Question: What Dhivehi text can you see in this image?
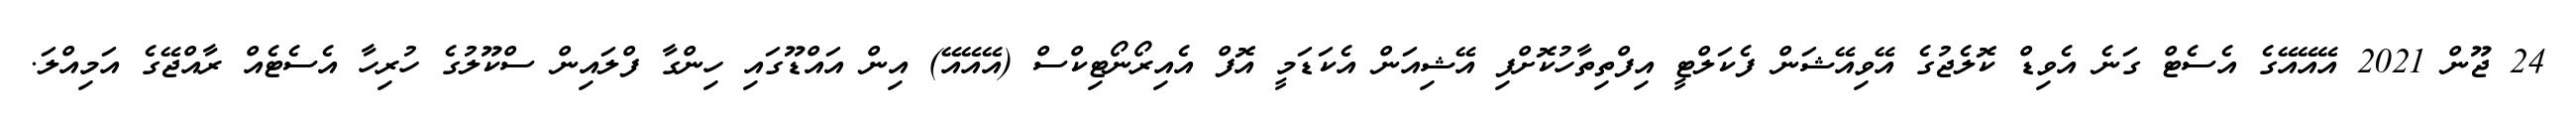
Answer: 24 ޖޫން 2021 އޭއޭއޭގެ އެސެޓް ގަނެ އެވިޑް ކޮލެޖުގެ އޭވިއޭޝަން ފެކަލްޓީ އިފްތިތާހުކޮށްފި އޭޝިއަން އެކަޑަމީ އޮފް އެއިރޯނޯޓިކްސް (އޭއޭއޭ) އިން އައްޑޫގައި ހިންގާ ފްލައިން ސްކޫލުގެ ހުރިހާ އެސެޓެއް ރާއްޖޭގެ އަމިއްލަ.